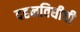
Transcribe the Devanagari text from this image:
दहनविधीची